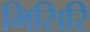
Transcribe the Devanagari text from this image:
मिसिरि